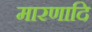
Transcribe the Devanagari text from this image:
मारणादि